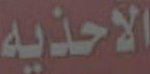
الأحذيه